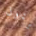
بتول